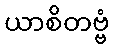
ယာစိတဗ္ဗံ